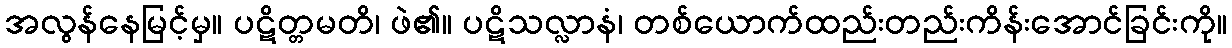
အလွန်နေမြင့်မှ။ ပဋိတ္တမတိ၊ ဖဲ၏။ ပဋိသလ္လာနံ၊ တစ်ယောက်ထည်းတည်းကိန်းအောင်ခြင်းကို။